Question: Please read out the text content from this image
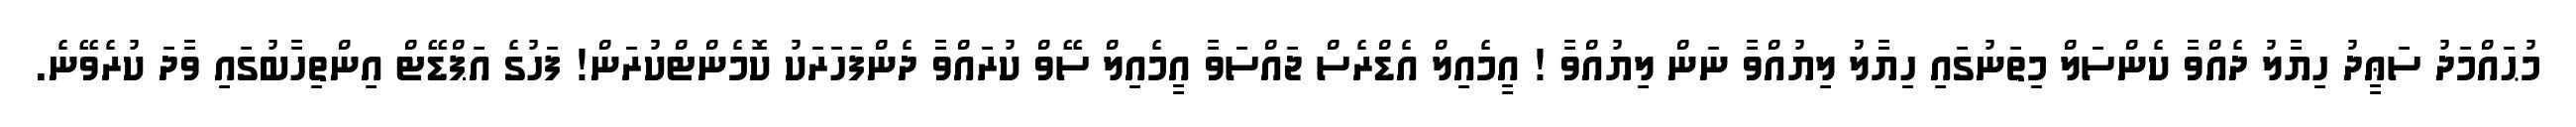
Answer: މުޙައްމަދު ސަޢީދު ހިޔާލު ދެއްވާ ކެންސަލް މިތަނުގައި ހިޔާލު ލިޔުއްވާ ނަން ލިޔުއްވާ ! އީމެއިލް އެޑްރެސް ޖައްސަވާ އީމެއިލް ސޭވް ކުރައްވާ ދެންފަހަރަކު ކޮމެންޓްކުރަން! ފަހުގެ އަޕްޑޭޓް އިންތިހާބުގައި ވާދަ ކުރެވޭނެ.